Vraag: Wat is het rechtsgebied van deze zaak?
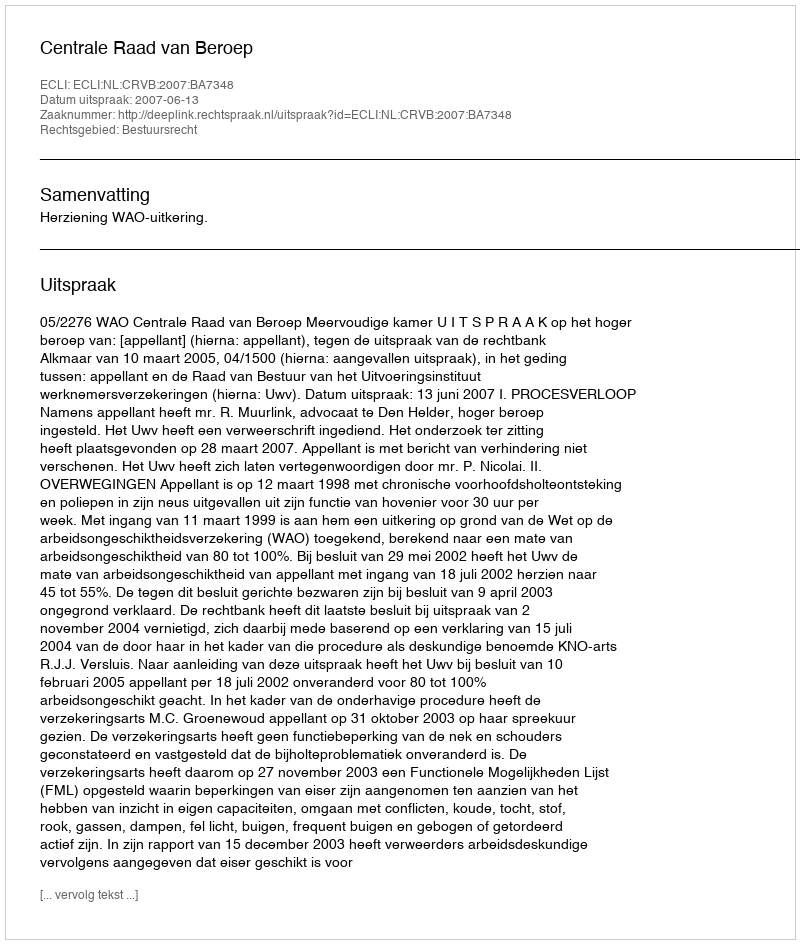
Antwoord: Bestuursrecht